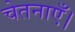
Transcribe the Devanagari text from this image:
चेतनाएँ।